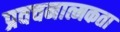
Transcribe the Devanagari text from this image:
प्रवचनात्मकता